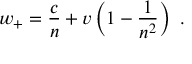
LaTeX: w _ { + } = { \frac { c } { n } } + v \left( 1 - { \frac { 1 } { n ^ { 2 } } } \right) \ .